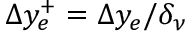
\Delta y _ { e } ^ { + } = \Delta y _ { e } / \delta _ { \nu }